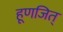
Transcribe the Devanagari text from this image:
हूणजित्‌